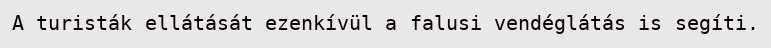
A turisták ellátását ezenkívül a falusi vendéglátás is segíti.